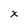
Character: x